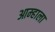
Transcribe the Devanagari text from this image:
आम्‍हाला